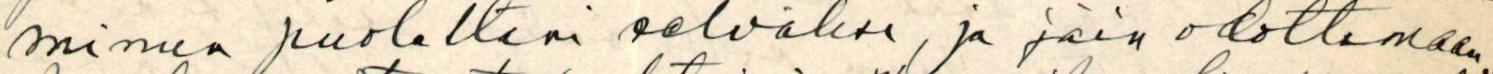
minun puoleltani selväksi, ja jäin odottamaan,